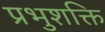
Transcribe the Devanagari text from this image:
प्रभुशक्ति